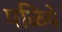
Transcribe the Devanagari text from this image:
पळिये